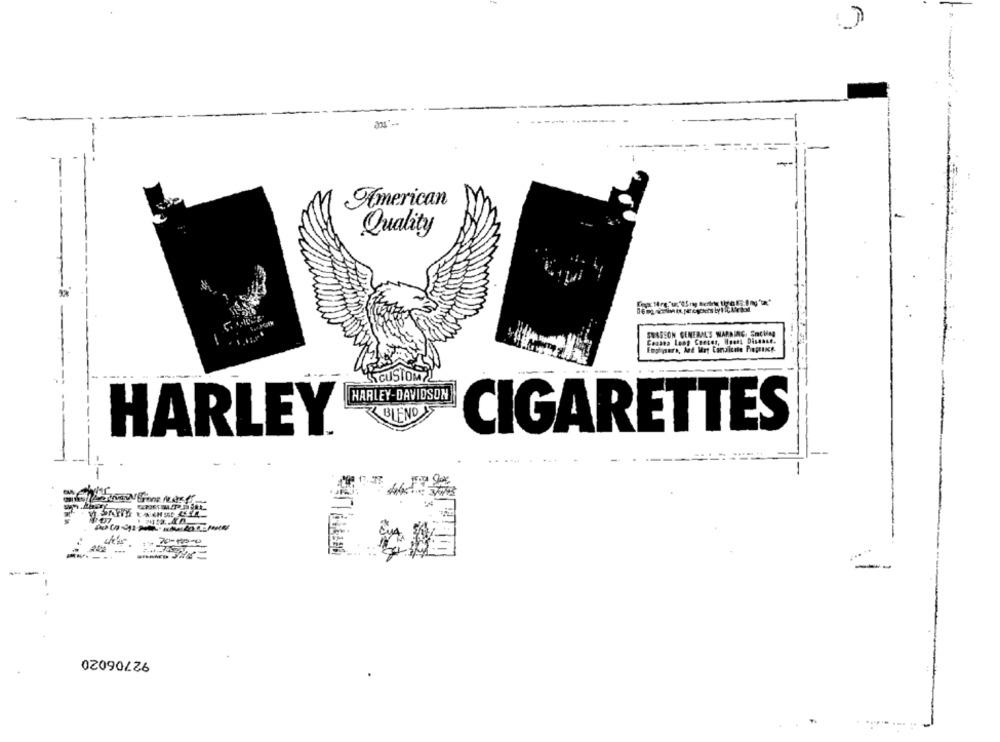
American
Quality
SURGEON GENERAL'S WARRING. Smoking
Ceoata Long Checer, Hoany Disease.
Enphipure, And Try Caricate Propios-
CUSTOM?
HARLEY-DAVIDSON
BLEND
HARLEY®
CIGARETTES
0209026